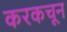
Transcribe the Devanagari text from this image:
करकचून